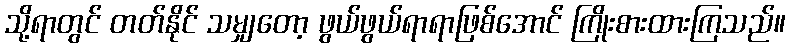
သို့ရာတွင် တတ်နိုင် သမျှတော့ ဖွယ်ဖွယ်ရာရာဖြစ်အောင် ကြိုးစားထားကြသည်။